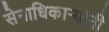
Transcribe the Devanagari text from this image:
सेनाधिकार्‍यांनी